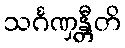
သင်္ဂဏှန္တီတိ